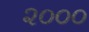
૨૦૦૦